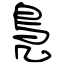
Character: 鳧